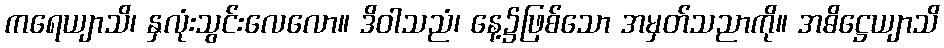
ကရေယျာသိ၊ နှလုံးသွင်းလေလော။ ဒိဝါသညံ၊ နေ့၌ဖြစ်သော အမှတ်သညာကို။ အဓိဋ္ဌေယျာသိ